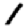
Digit: 1